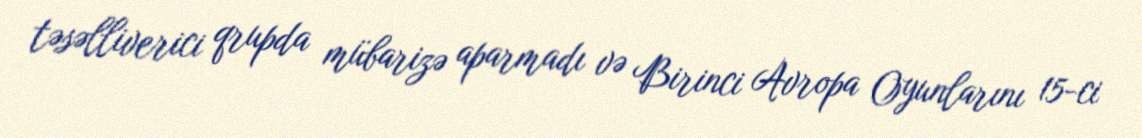
təsəlliverici qrupda mübarizə aparmadı və Birinci Avropa Oyunlarını 15-ci